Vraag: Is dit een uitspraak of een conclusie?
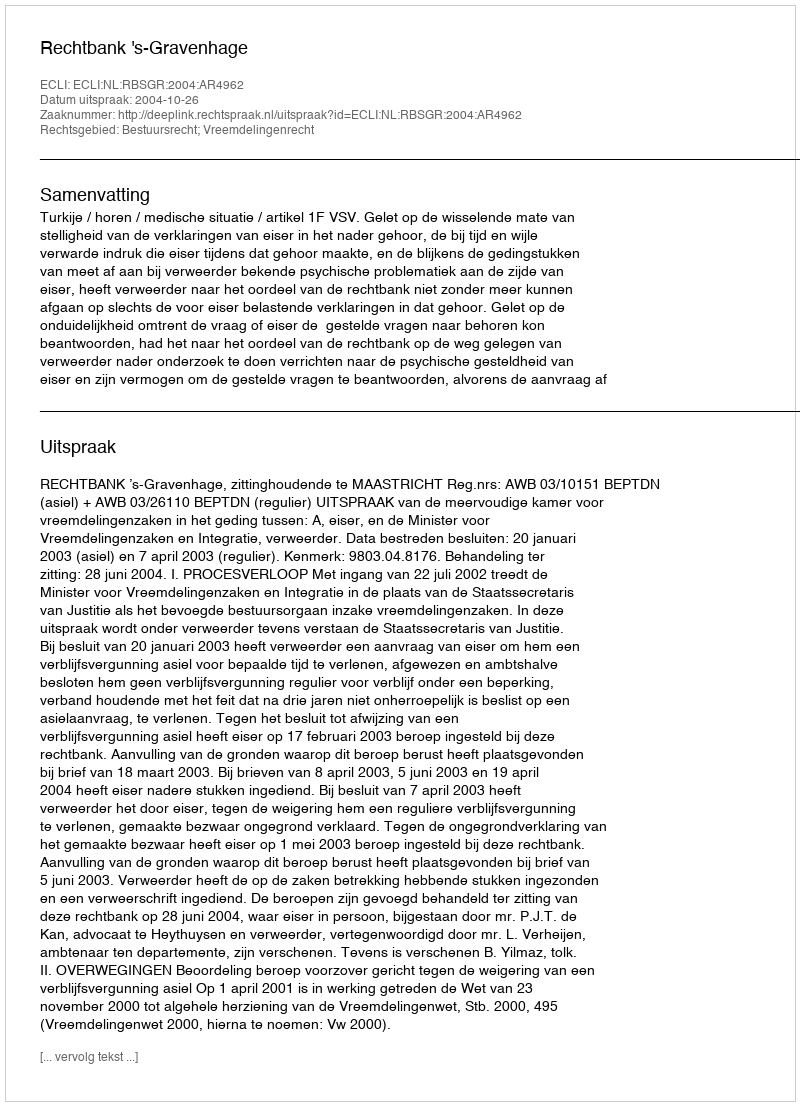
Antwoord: Uitspraak